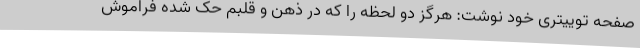
صفحه توییتری خود نوشت: هرگز دو لحظه را که در ذهن و قلبم حک شده فراموش